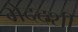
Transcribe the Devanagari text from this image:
भेददर्शी